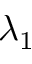
\lambda _ { 1 }